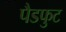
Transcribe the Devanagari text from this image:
पैडफुट